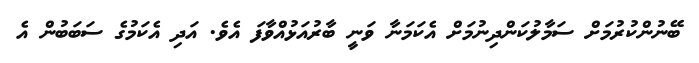
ބޭނުންކުރުމަށް ސަމާލުކަންދިނުމަށް އެކަމަނާ ވަނީ ބާރުއަޅުއްވާފަ އެވެ. އަދި އެކަމުގެ ސަބަބުން އެ